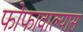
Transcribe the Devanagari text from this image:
फोफावाल्यास